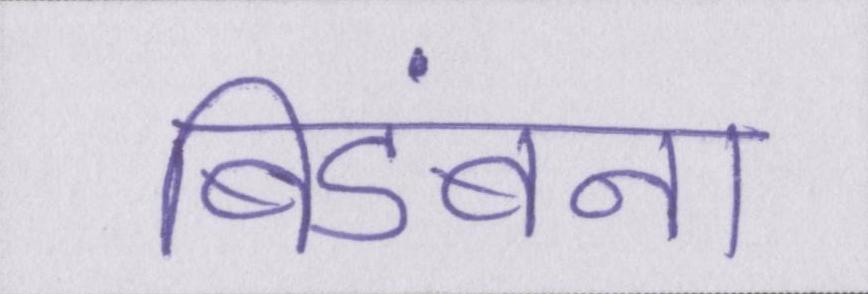
बिडंबना